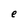
Character: e